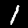
Label: 1